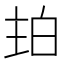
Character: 𤽞